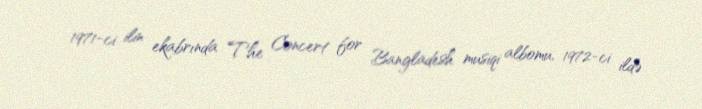
1971-ci ilin ekabrında The Concert for Bangladesh musiqi albomu, 1972-ci ildə